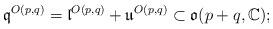
LaTeX: \begin{align*} {\mathfrak q}^{O(p,q)} = {\mathfrak l}^{O(p,q)} + {\mathfrak u}^{O(p,q)} \subset {\mathfrak o}(p+q,{\mathbb C});\end{align*}